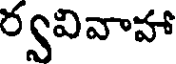
ర్వవివాహా